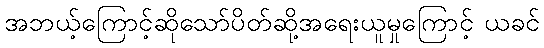
အဘယ့်ကြောင့်ဆိုသော်ပိတ်ဆို့အရေးယူမှုကြောင့် ယခင်